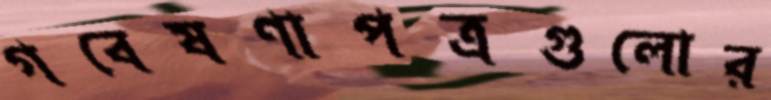
গবেষণাপত্রগুলোর